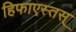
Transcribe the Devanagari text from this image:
हिफाएस्तस्‌